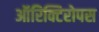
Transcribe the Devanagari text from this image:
ऑरिक्टिरोपस